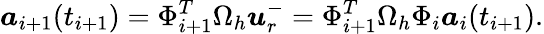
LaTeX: \boldsymbol{a}_{i+1}(t_{i+1})=\Phi_{i+1}^{T}\Omega_{h}\boldsymbol{u}_{r}^{-}=\Phi_{i+1}^{T}\Omega_{h}\Phi_{i}\boldsymbol{a}_{i}(t_{i+1}).